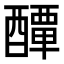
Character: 𨣌